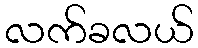
လက်ခလယ်